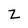
Character: Z